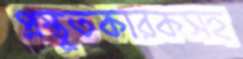
প্রস্তুতকারকসহ